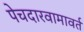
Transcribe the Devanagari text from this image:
पेचदारवामावर्त